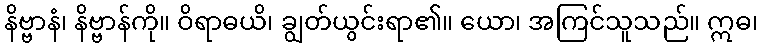
နိဗ္ဗာနံ၊ နိဗ္ဗာန်ကို။ ဝိရာဓယိ၊ ချွတ်ယွင်းရာ၏။ ယော၊ အကြင်သူသည်။ ဣဓ၊